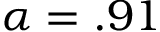
\alpha = . 9 1